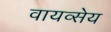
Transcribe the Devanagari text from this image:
वायव्सेय